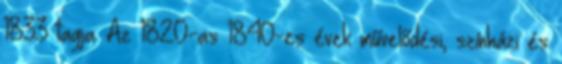
1833 tagja. Az 1820-as 1840-es évek művelődési, színházi és